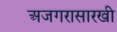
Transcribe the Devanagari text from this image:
अजगरासारखी